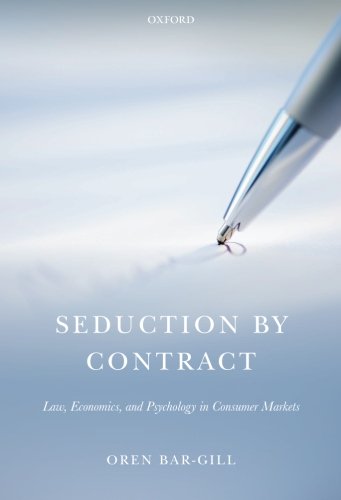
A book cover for Seduction by Contract: Law, Economics, and Psychology in Consumer Markets; Oren Bar-Gill; Law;